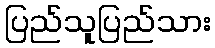
ပြည်သူပြည်သား